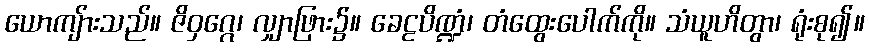
ယောကျ်ားသည်။ ဇိဝှဂ္ဂေ၊ လျှာဖြား၌။ ခေဠပိဏ္ဍံ၊ တံထွေးပေါက်ကို။ သံယူဟိတွာ၊ ရုံးစု၍။